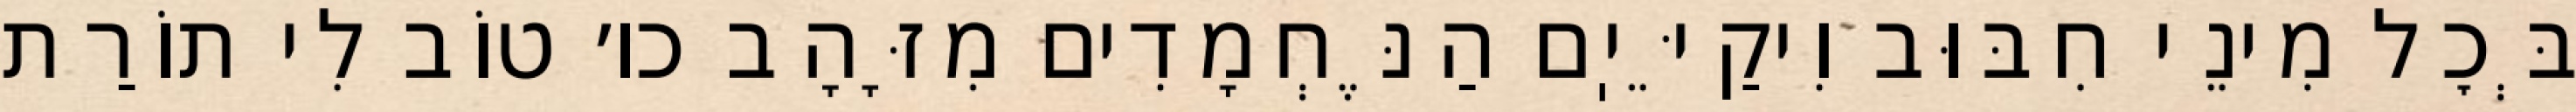
בְּכׇל מִינֵי חִבּוּב וִיקַיֵּיֽם הַנֶּחְמָדִים מִזָּהָב כו׳ טוֹב לִי תוֹרַת